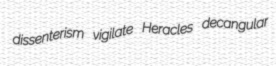
dissenterism vigilate Heracles decangular